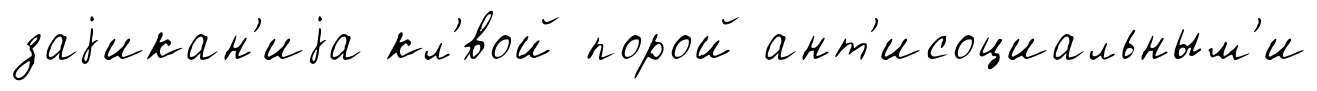
заjикан'иjа кл'́вой порой ант'исоциальным'и